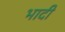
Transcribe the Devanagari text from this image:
भादी